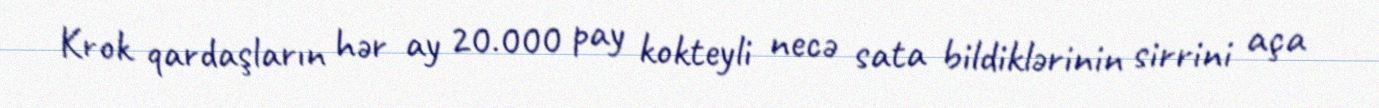
Krok qardaşların hər ay 20.000 pay kokteyli necə sata bildiklərinin sirrini aça